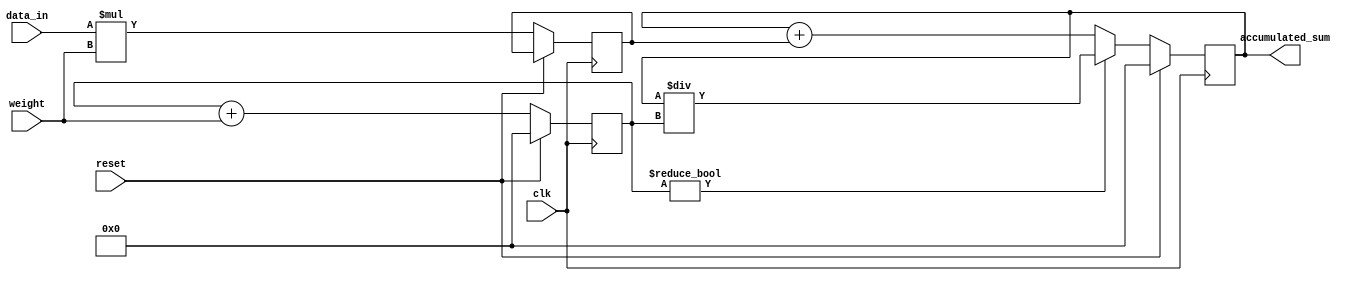
module weighted_moving_avg_accumulator (
  input clk,
  input reset,
  input signed [15:0] data_in,
  input signed [15:0] weight,
  output reg signed [31:0] accumulated_sum
);

// Internal registers
reg signed [15:0] weighted_value;
reg signed [31:0] total_weight;

always @(posedge clk) begin
  if (reset) begin
    accumulated_sum <= 0;
    total_weight <= 0;
  end else begin
    weighted_value <= data_in * weight;
    accumulated_sum <= accumulated_sum + weighted_value;
    total_weight <= total_weight + weight;

    // Calculate moving average
    if (total_weight != 0) begin
      accumulated_sum <= accumulated_sum / total_weight;
    end
  end
end

endmodule